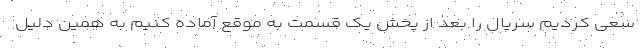
سعی کردیم سریال را بعد از پخش یک قسمت به موقع آماده کنیم به همین دلیل